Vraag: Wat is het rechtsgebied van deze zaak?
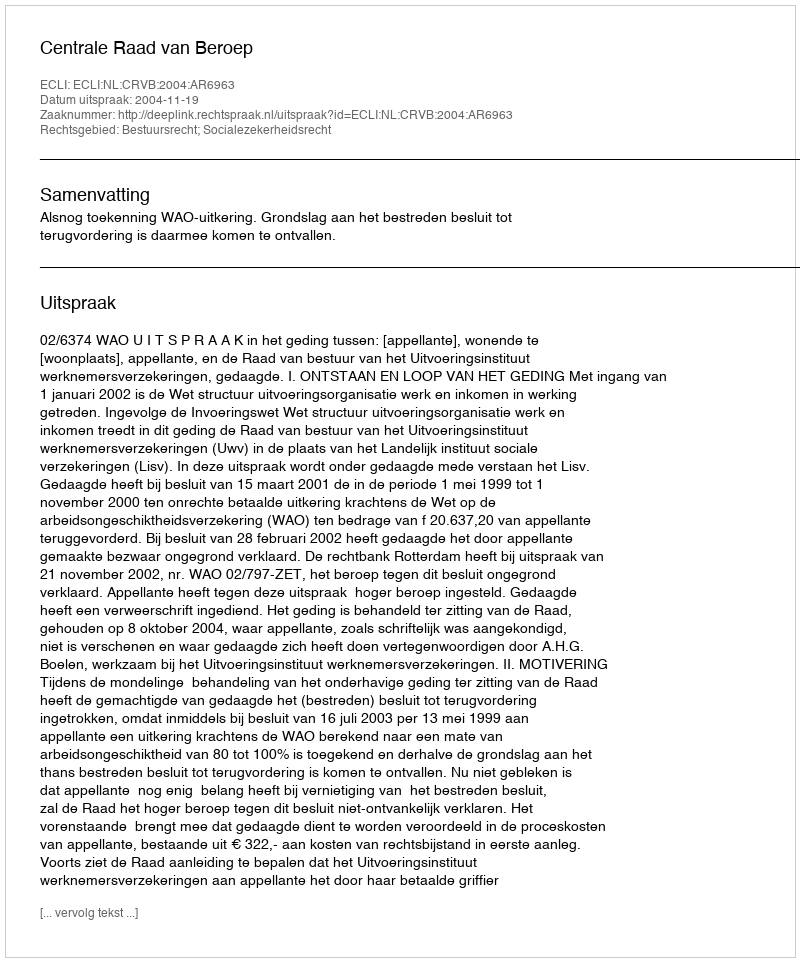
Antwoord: Bestuursrecht; Socialezekerheidsrecht